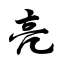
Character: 亮